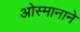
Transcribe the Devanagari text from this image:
ओस्मानाने